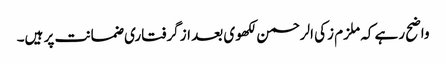
واضح رہے کہ ملزم زکی الرحمن لکھوی بعد از گرفتاری ضمانت پر ہیں۔